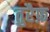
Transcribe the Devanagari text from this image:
तुरैफ़